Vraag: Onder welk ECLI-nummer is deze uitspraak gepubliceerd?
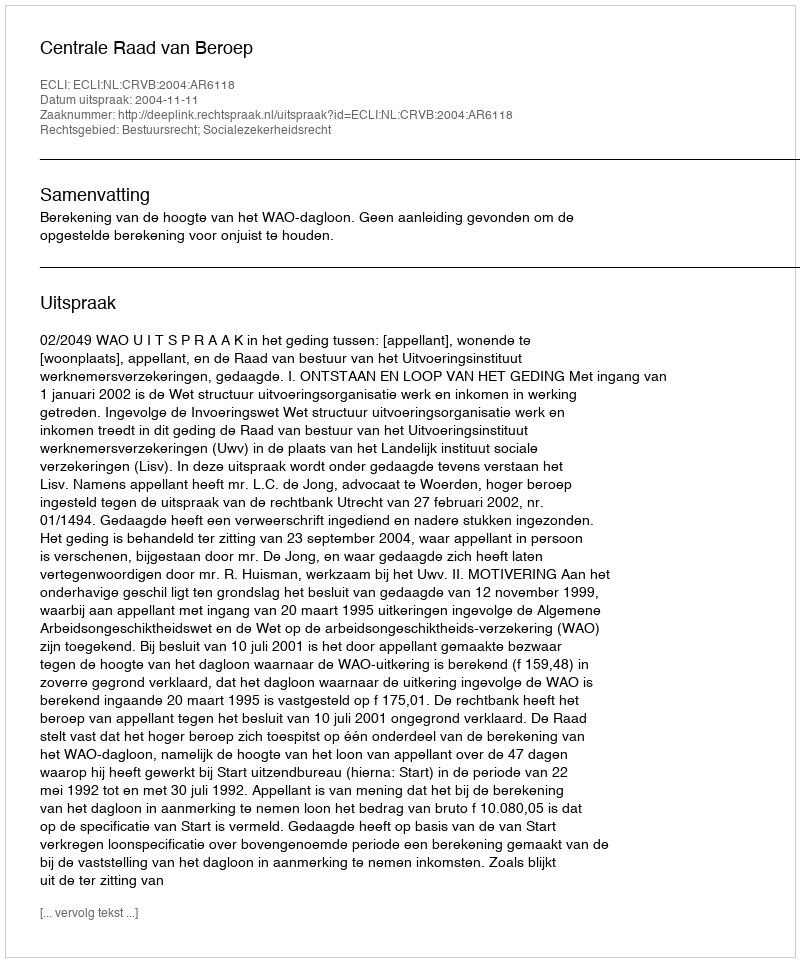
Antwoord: ECLI:NL:CRVB:2004:AR6118